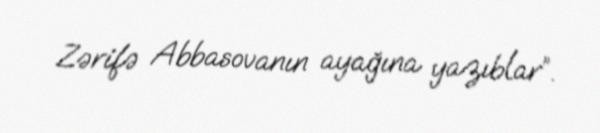
Zərifə Abbasovanın ayağına yazıblar”.